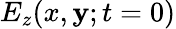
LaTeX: E_{z}(x,\mathbf{y};t=0)